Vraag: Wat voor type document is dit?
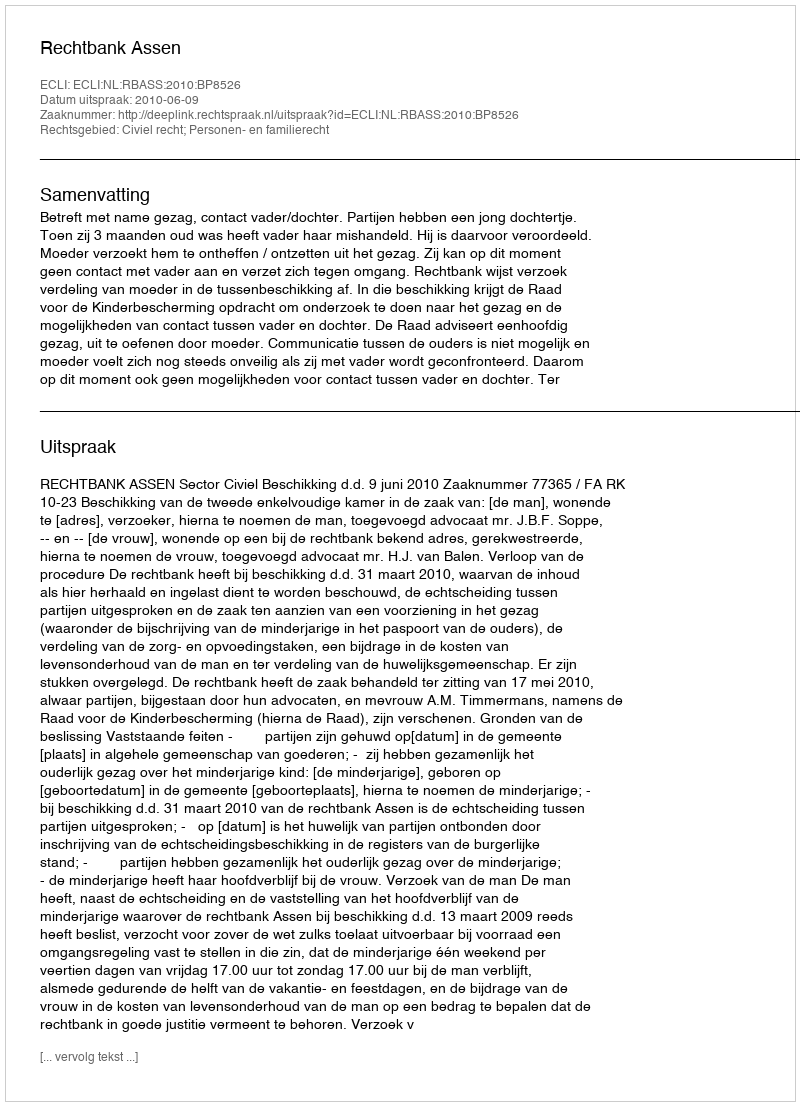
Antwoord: Uitspraak